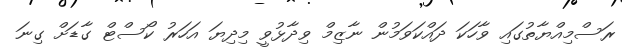
ރަސްމިއްޔާތުގައި ވާހަކަ ދައްކަވަމުން ނާޒިމް ވިދާޅުވީ މިދިޔަ އަހަރު ކޯސްޓް ގާޑަށް ގިނަ